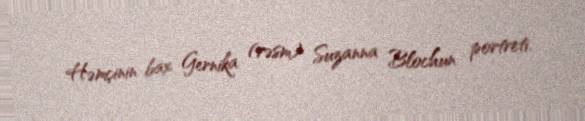
Həmçinin bax Gernika (rəsm) Suzanna Blochun portreti.